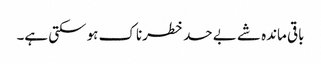
باقی ماندہ شے بے حد خطرناک ہو سکتی ہے۔